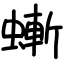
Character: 螹